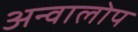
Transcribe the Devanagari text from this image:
अन्वालोप